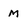
Character: M